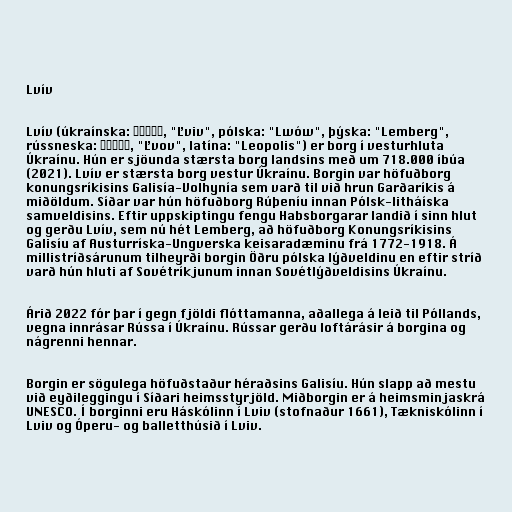
Lvív

Lvív (úkraínska: Львів, "Ľviv", pólska: "Lwów", þýska: "Lemberg",
rússneska: Львов, "Ľvov", latína: "Leopolis") er borg í vesturhluta
Úkraínu. Hún er sjöunda stærsta borg landsins með um 718.000 íbúa
(2021). Lvív er stærsta borg vestur Úkraínu. Borgin var höfuðborg
konungsríkisins Galisía-Volhynía sem varð til við hrun Garðaríkis á
miðöldum. Síðar var hún höfuðborg Rúþeníu innan Pólsk-litháíska
samveldisins. Eftir uppskiptingu fengu Habsborgarar landið í sinn hlut
og gerðu Lvív, sem nú hét Lemberg, að höfuðborg Konungsríkisins
Galisíu af Austurríska-Ungverska keisaradæminu frá 1772-1918. Á
millistríðsárunum tilheyrði borgin Öðru pólska lýðveldinu en eftir stríð
varð hún hluti af Sovétríkjunum innan Sovétlýðveldisins Úkraínu.

Árið 2022 fór þar í gegn fjöldi flóttamanna, aðallega á leið til Póllands,
vegna innrásar Rússa í Úkraínu. Rússar gerðu loftárásir á borgina og
nágrenni hennar.

Borgin er sögulega höfuðstaður héraðsins Galisíu. Hún slapp að mestu
við eyðileggingu í Síðari heimsstyrjöld. Miðborgin er á heimsminjaskrá
UNESCO. Í borginni eru Háskólinn í Lviv (stofnaður 1661), Tækniskólinn í
Lviv og Óperu- og balletthúsið í Lviv.